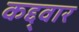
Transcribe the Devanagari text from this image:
कद्द्वार